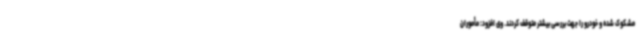
مشکوک شده و خودرو را جهت بررسی بیشتر متوقف کردند. وی افزود: مأموران